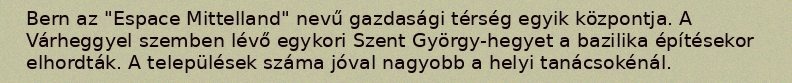
Bern az "Espace Mittelland" nevű gazdasági térség egyik központja. A Várheggyel szemben lévő egykori Szent György-hegyet a bazilika építésekor elhordták. A települések száma jóval nagyobb a helyi tanácsokénál.